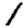
Digit: 1